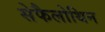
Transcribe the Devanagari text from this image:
सेफैलोथिन